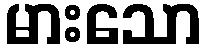
မားသော